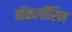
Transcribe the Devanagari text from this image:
मॅकलॉरिन